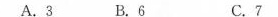
A.3 B.6 C.7